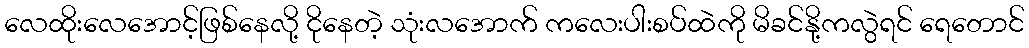
လေထိုးလေအောင့်ဖြစ်နေလို့ ငိုနေတဲ့ သုံးလအောက် ကလေးပါးစပ်ထဲကို မိခင်နို့ကလွဲရင် ရေတောင်